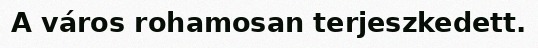
A város rohamosan terjeszkedett.